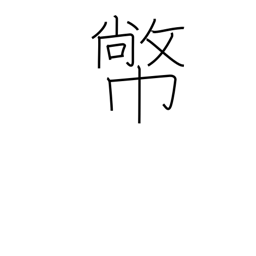
Meaning: Shinto zigzag paper offerings